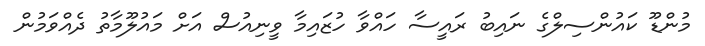
މުންޑޫ ކައުންސިލްގެ ނައިބު ރައީސާ ހައްވާ ހުޒައިމާ ވީނިއުސް އަށް މައުލޫމާތު ދެއްވަމުން